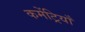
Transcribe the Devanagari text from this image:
कमेंट्रियाँ